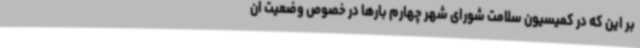
بر این که در کمیسیون سلامت شورای شهر چهارم بارها در خصوص وضعیت ان